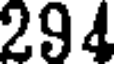
294